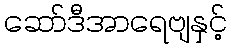
ဆော်ဒီအာရေဗျနှင့်